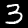
Digit: 3